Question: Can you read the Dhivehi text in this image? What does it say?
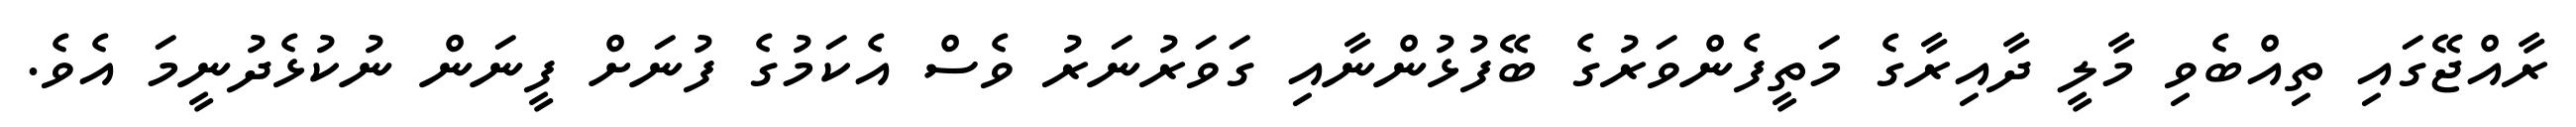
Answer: ރާއްޖޭގައި ތިއްބެވި މާލީ ދާއިރާގެ މަތީފެންވަރުގެ ބޭފުޅުންނާއި ގަވަރުނަރު ވެސް އެކަމުގެ ފުނަށް ފީނަން ނުކުޅެދުނީމަ އެވެ.